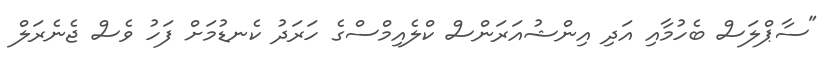
"ސާޕްލަސް ބެހުމާއި އަދި އިންޝުއަރަންސް ކްލެއިމްސްގެ ހަރަދު ކެނޑުމަށް ފަހު ވެސް ޖެނެރަލް